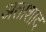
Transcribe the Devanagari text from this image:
अताशाद